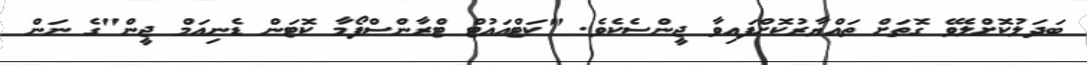
ބަދަލުކޮށްލެވޭ ގޮތަށް ތައްޔާރުކޮށްފައިވާ ޖީންސެކެވެ. "ކަޓްއައުޓް ޓްރާންސްފޯމާ ކޮޓަން ޑެނިއަމް ޖީން"ގެ ނަން